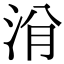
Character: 洕